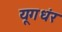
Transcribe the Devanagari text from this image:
यूगधंर